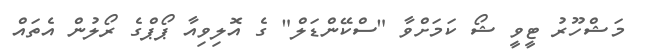
މަޝްހޫރު ޓީވީ ޝޯ ކަމަށްވާ "ސްކޭންޑަލް" ގެ އޮލިވިއާ ޕޯޕްގެ ރޯލުން އެތައް